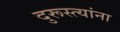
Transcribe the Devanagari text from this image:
दुरूस्त्यांना